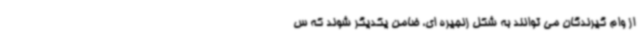
از وام گیرندگان می توانند به شکل زنجیره ای، ضامن یکدیگر شوند که س